Lunatic asylums in Bengal annual reports 1912-1924 - 1912-1924
Year: 1912
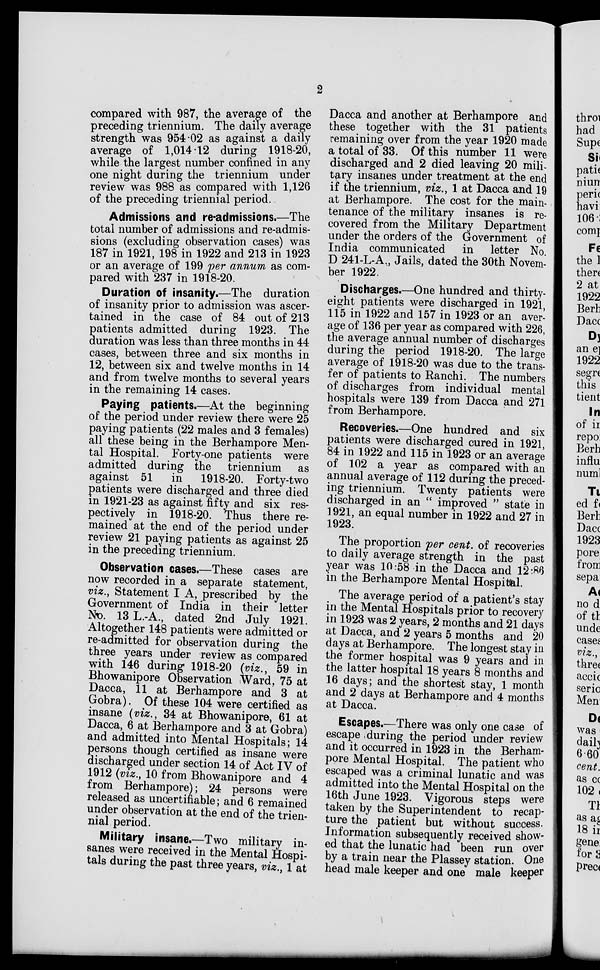
2
compared with 987, the average of the
preceding triennium. The daily average
strength was 954-02 as against a daily
average of 1,014.12 during 1918-20,
while the largest number confined in any
one night during the triennium under
review was 988 as compared with 1,126
of the preceding triennial period.
Admissions and re-admissions.—The
total number of admissions and re-admis-
sions (excluding observation cases) was
187 in 1921, 198 in 1922 and 213 in 1923
or an average of 199 per annum as com-
pared with 237 in 1918-20.
Duration of insanity.—The duration
of insanity prior to admission was ascer-
tained in the case of 84 out of 213
patients admitted during 1923. The
duration was less than three months in 44
cases, between three and six months in
12, between six and twelve months in 14
and from twelve months to several years
in the remaining 14 cases.
Paying patients.—At the beginning
of the period under review there were 25
paying patients (22 males and 3 females)
all these being in the Berhampore Men-
tal Hospital. Forty-one patients were
admitted during the triennium as
against 51 in
1918-20. Forty-two
patients were discharged and three died
in 1921-23 as against fifty and six res-
pectively in 1918-20. Thus there re-
mained at the end of the period under
review 21 paying patients as against 25
in the preceding triennium.
Observation cases.—These cases are
now recorded in a separate statement,
viz., Statement I A, prescribed by the
Government of India in their letter
No. 13 L.-A., dated 2nd July 1921.
Altogether 148 patients were admitted or
re-admitted for observation during the
three years under review as compared
with 146 during 1918-20 (viz., 59 in
Bhowanipore Observation Ward, 75 at
Dacca, 11 at Berhampore and 3 at
Gobra). Of these 104 were certified as
insane (viz., 34 at Bhowanipore, 61 at
Dacca, 6 at Berhampore and 3 at Gobra)
and admitted into Mental Hospitals; 14
persons though certified as insane were
discharged under section 14 of Act IV of
1912 (viz., 10 from Bhowanipore and 4
from Berhampore); 24 persons were
released as uncertifiable; and 6 remained
under observation at the end of the trien-
nial period.
Military insane.—Two military in-
sanes were received in the Mental Hospi-
tals during the past three years, viz., 1 at
Dacca and another at Berhampore and
these together with the 31 patients
remaining over from the year 1920 made
a total of 33. Of this number 11 were
discharged and 2 died leaving 20 mili-
tary insanes under treatment at the end
if the triennium, viz., 1 at Dacca and 19
at Berhampore. The cost for the main-
tenance of the military insanes is re-
covered from the Military Department
under the orders of the Government of
India communicated in letter No.
D 241-L-A., Jails, dated the 30th Novem-
ber 1922.
Discharges.—One hundred and thirty-
eight patients were discharged in 1921,
115 in 1922 and 157 in 1923 or an aver-
age of 136 per year as compared with 226,
the average annual number of discharges
during the period 1918-20. The large
average of 1918-20 was due to the trans-
fer of patients to Ranchi. The numbers
of discharges from individual mental
hospitals were 139 from Dacca and 271
from Berhampore.
Recoveries.—One hundred and six
patients were discharged cured in 1921,
84 in 1922 and 115 in 1923 or an average
of 102 a year as compared with an
annual average of 112 during the preced-
ing triennium. Twenty patients were
discharged in an " improved " state in
1921, an equal number in 1922 and 27 in
1923.
The proportion per cent, of recoveries
to daily average strength in the past
year was 10:58 in the Dacca and 12:86
in the Berhampore Mental Hospital.
The average period of a patient's stay
in the Mental Hospitals prior to recovery
in 1923 was 2 years, 2 months and 21 days
at Dacca, and 2 years 5 months and 20
days at Berhampore. The longest stay in
the former hospital was 9 years and in
the latter hospital 18 years 8 months and
16 days; and the shortest stay, 1 month
and 2 days at Berhampore and 4 months
at Dacca.
Escapes.—There was only one case of
escape during the period under review
and it occurred in 1923 in the Berham-
pore Mental Hospital. The patient who
escaped was a criminal lunatic and was
admitted into the Mental Hospital on the
16th June 1923. Vigorous steps were
taken by the Superintendent to recap-
ture the patient but without success.
Information subsequently received show-
ed that the lunatic had been run over
by a train near the Plassey station. One
head male keeper and one male keeper